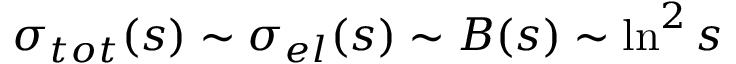
\sigma _ { t o t } ( s ) \sim \sigma _ { e l } ( s ) \sim B ( s ) \sim \ln ^ { 2 } s